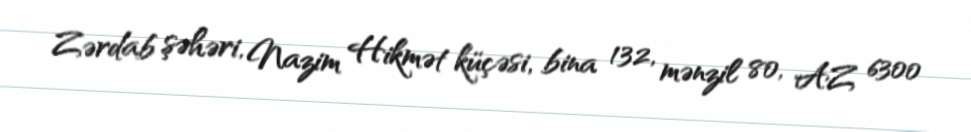
Zərdab şəhəri, Nazim Hikmət küçəsi, bina 132, mənzil 80, AZ 6300